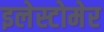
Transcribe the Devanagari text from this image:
इलेस्टोमेर